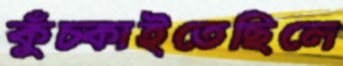
কুঁচ্‌কাইতেছিলে